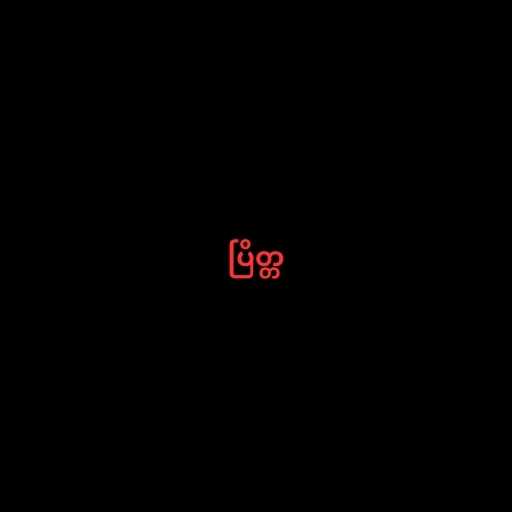
ပြိတ္တ